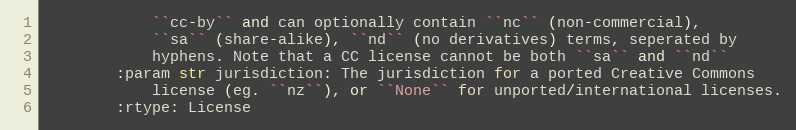
Language: Python
            ``cc-by`` and can optionally contain ``nc`` (non-commercial),
            ``sa`` (share-alike), ``nd`` (no derivatives) terms, seperated by
            hyphens. Note that a CC license cannot be both ``sa`` and ``nd``
        :param str jurisdiction: The jurisdiction for a ported Creative Commons
            license (eg. ``nz``), or ``None`` for unported/international licenses.
        :rtype: License